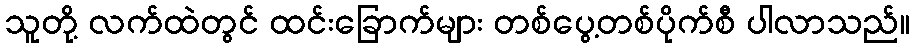
သူတို့ လက်ထဲတွင် ထင်းခြောက်များ တစ်ပွေ့တစ်ပိုက်စီ ပါလာသည်။